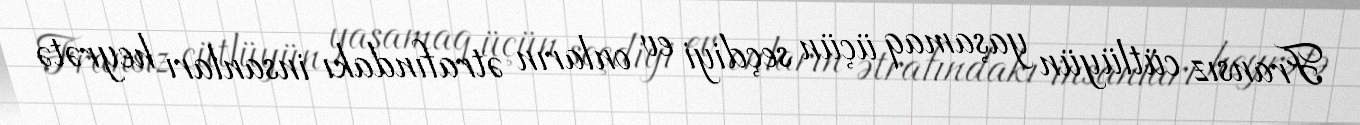
Fransız cütlüyün yaşamaq üçün seçdiyi ev onların ətrafındakı insanları heyrətə